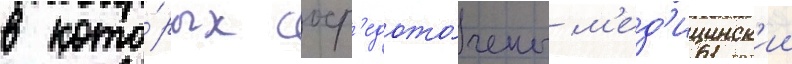
в кото́рых соср'едото́чены м'ед'ицинск'ии